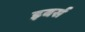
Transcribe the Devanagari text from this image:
इबर्स